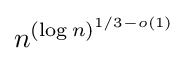
n^{(\log n)^{1/3-o(1)}}